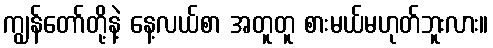
ကျွန်တော်တို့နဲ့ နေ့လယ်စာ အတူတူ စားမယ်မဟုတ်ဘူးလား။